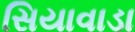
સિયાવાડા